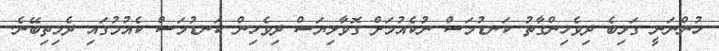
ހުންނަނީ ގަޅިބެ ދިވެހިންގާތު ކަނޑުމަސް ނުކެއުމަށް ގޮވާލިޔަސް ދިވެހިން ކަނޑުމަސް ކެއުމުގައި ދެމިތިބޭނެ.